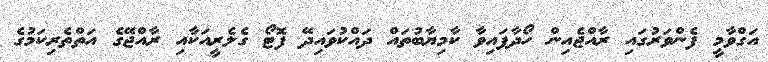
އަގްވާމީ ފެންވަރުގައި ރާއްޖެއިން ހޯދާފައިވާ ކާމިޔާބުތައް ދައްކުވައިދޭ ފޮޓޯ ގެލެރީއަކާއި ރާއްޖޭގެ އަތްތެރިކަމުގެ